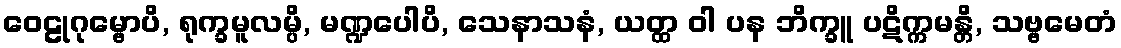
ဝေဠုဂုမ္ဗောပိ, ရုက္ခမူလမ္ပိ, မဏ္ဍပေါပိ, သေနာသနံ, ယတ္ထ ဝါ ပန ဘိက္ခူ ပဋိက္ကမန္တိ, သဗ္ဗမေတံ